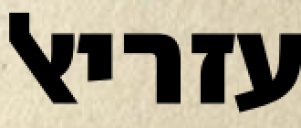
עזריאל